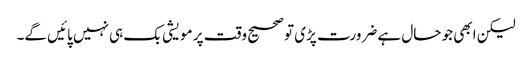
لیکن ابھی جو حال ہے ضرورت پڑی تو صحیح وقت پر مویشی بک ہی نہیں پائیں گے۔